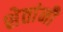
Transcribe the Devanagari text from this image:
शेतांनी